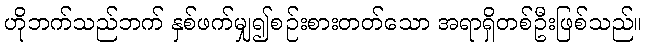
ဟိုဘက်သည်ဘက် နှစ်ဖက်မျှ၍စဉ်းစားတတ်သော အရာရှိတစ်ဦးဖြစ်သည်။